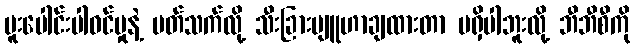
ပူးပေါင်းပါဝင်မှုနဲ့ ပတ်သက်လို့ သီးခြားဗျူဟာချထားတာ မရှိပါဘူးလို့ ဘီဘီစီကို